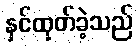
နှင်ထုတ်ခဲ့သည်